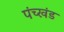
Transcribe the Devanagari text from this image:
पंच्खंड